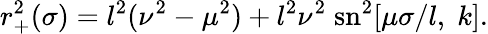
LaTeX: r_{+}^{2}(\sigma)=l^{2}(\nu^{2}-\mu^{2})+l^{2}\nu^{2}\; \mathrm{sn}^{2}[\mu\sigma/l,\; k].